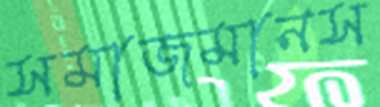
সমাজমানস